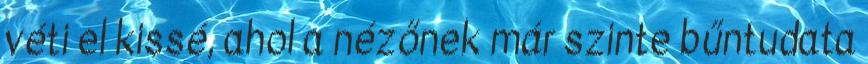
véti el kissé, ahol a nézőnek már szinte bűntudata